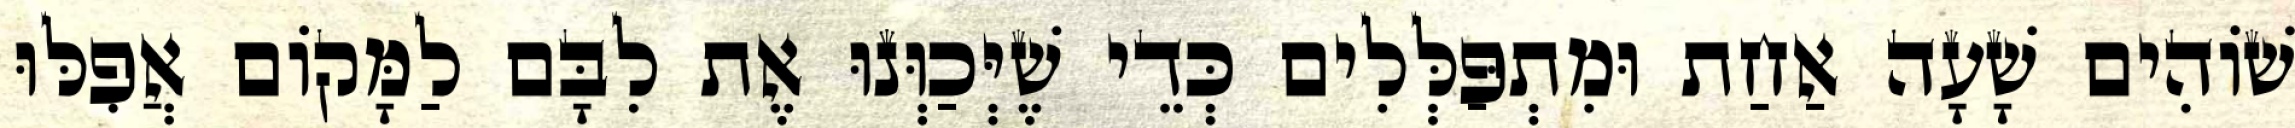
שׁוֹהִים שָׁעָה אַחַת וּמִתְפַּלְּלִים כְּדֵי שֶׁיְּכַוְּנוּ אֶת לִבָּם לַמָּקוֹם אֲפִלּוּ